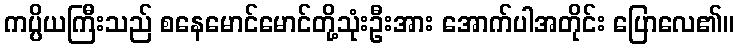
ကပ္ပိယကြီးသည် စနေမောင်မောင်တို့သုံးဦးအား အောက်ပါအတိုင်း ပြောလေ၏။